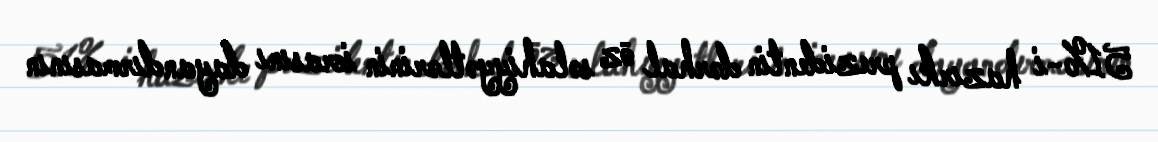
51%-i hazırkı prezidentin dərhal öz səlahiyyətlərinin icrasını dayandırmasının